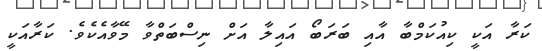
ކަރާ އަކީ ކިއުކަމްބާ އާއި ބަރަބޯ އައިލާ އަށް ނިސްބަތްވާ މޭވާއެކެވެ. ކަރާއަކީ